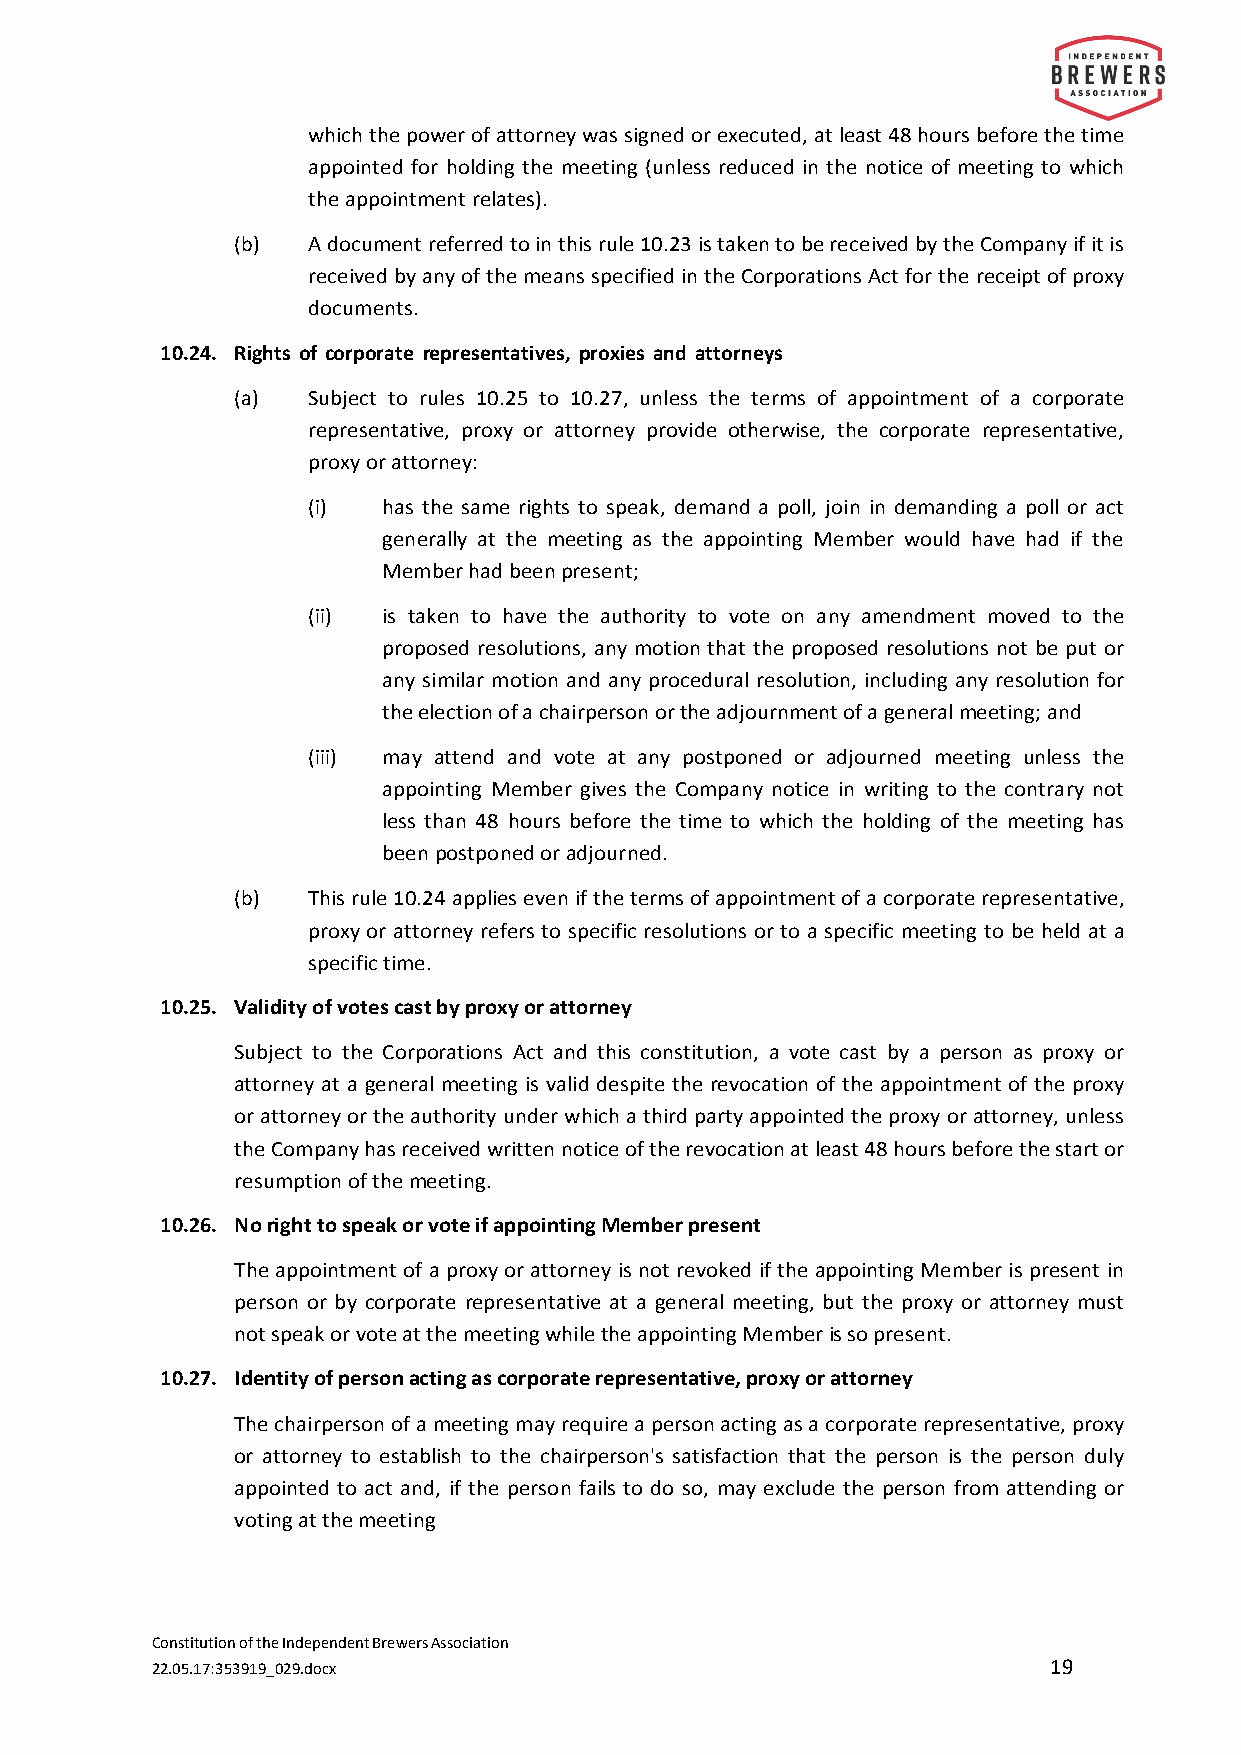
which the power of attorney was signed or executed, at least 48 hours before the time
 appointed for holding the meeting (unless reduced in the notice of meeting to which
 the appointment relates).
 (b) A document referred to in this rule 10.23 is taken to be received by the Company if it is
 received by any of the means specified in the Corporations Act for the receipt of proxy
 documents.
 10.24. Rights of corporate representatives, proxies and attorneys
 (a) Subject to rules 10.25 to 10.27, unless the terms of appointment of a corporate
 representative, proxy or attorney provide otherwise, the corporate representative,
 proxy or attorney:
 (i)  has the same rights to speak, demand a poll, join in demanding a poll or act
 generally at the meeting as the appointing Member would have had if the
 Member had been present;
 (ii) is taken to have the authority to vote on any amendment moved to the
 proposed resolutions, any motion that the proposed resolutions not be put or
 any similar motion and any procedural resolution, including any resolution for
 the election of a chairperson or the adjournment of a general meeting; and
 (iii) may attend and vote at any postponed or adjourned meeting unless the
 appointing Member gives the Company notice in writing to the contrary not
 less than 48 hours before the time to which the holding of the meeting has
 been postponed or adjourned.
 (b) This rule 10.24 applies even if the terms of appointment of a corporate representative,
 proxy or attorney refers to specific resolutions or to a specific meeting to be held at a
 specific time.
 10.25. Validity of votes cast by proxy or attorney
 Subject to the Corporations Act and this constitution, a vote cast by a person as proxy or
 attorney at a general meeting is valid despite the revocation of the appointment of the proxy
 or attorney or the authority under which a third party appointed the proxy or attorney, unless
 the Company has received written notice of the revocation at least 48 hours before the start or
 resumption of the meeting.
 10.26. No right to speak or vote if appointing Member present
 The appointment of a proxy or attorney is not revoked if the appointing Member is present in
 person or by corporate representative at a general meeting, but the proxy or attorney must
 not speak or vote at the meeting while the appointing Member is so present.
 10.27. Identity of person acting as corporate representative, proxy or attorney
 The chairperson of a meeting may require a person acting as a corporate representative, proxy
 or attorney to establish to the chairperson's satisfaction that the person is the person duly
 appointed to act and, if the person fails to do so, may exclude the person from attending or
 voting at the meeting
 Constitution of the Independent Brewers Association
 22.05.17:353919_029.docx                                    19